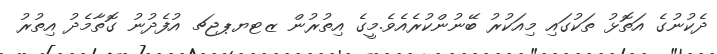
ދެކުނުގެ އަތޮޅު ތަކުގައި މިއަކުރު ބޭނުންކުރެއެވެ.މީގެ އިތުރުން ޒޓޔޕޖޗ އުފެދުނު ގޮތާމެދު އިތުރު